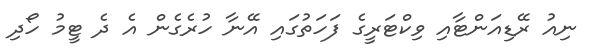
ނިއު ރޭޑިއަންޓާއި ވިކްޓަރީގެ ފަހަތުގައި އޭނާ ހުރެގެން އެ ދެ ޓީމު ހޯދި